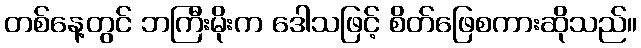
တစ်နေ့တွင် ဘကြီးမိုးက ဒေါသဖြင့် စိတ်ဖြေစကားဆိုသည်။